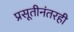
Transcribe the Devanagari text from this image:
प्रसूतीनंतरही